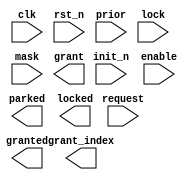
////////////////////////////////////////////////////////////////////////////////
//
//       This confidential and proprietary software may be used only
//     as authorized by a licensing agreement from Synopsys Inc.
//     In the event of publication, the following notice is applicable:
//
//                    (C) COPYRIGHT 2000 - 2018 SYNOPSYS INC.
//                           ALL RIGHTS RESERVED
//
//       The entire notice above must be reproduced on all authorized
//     copies.
//
//
// VERSION:   Verilog Simulation Architecture
//
// DesignWare_version: 22e32f15
// DesignWare_release: O-2018.06-DWBB_201806.3
//
////////////////////////////////////////////////////////////////////////////////
//
// ABSTRACT:  Arbiter with two-level priority scheme
//            - first level: dynamic priority scheme
//            - second level: Fair-Among-Equal priority scheme
//   
// MODIFIED:
//          06/14/01  RPH    Fixed the X-processing. STAR 119685
//          12/21/01  RPH    Fixed the init priority bug due to order of 
//                           precedence of the operators and prio_low_int
//                           array not being in the sensitivity list.
//
//         03/26/03  RJK      Fixed problem with with int array triggering
//                            a combinational always block (STAR 160408)
//
//         10/13/10  RJK      Corrected "lock while in park state" issue
//
//-----------------------------------------------------------------------------

module DW_arb_2t (clk, rst_n, init_n, enable, request, prior, lock, mask, 
			   parked, granted, locked, grant, grant_index);

  parameter integer n          = 4;
  parameter integer p_width    = 2;
  parameter integer park_mode  = 1;
  parameter integer park_index = 0;
  parameter integer output_mode = 1;
   

  `define DW_index_width ((n >16)?((n >64)?((n >128)?8:7):((n >32)?6:5)):((n >4)?((n >8)?4:3):((n >2)?2:1)))

  input  clk, rst_n, init_n, enable;
  input  [n-1 : 0] request, lock, mask;
  input  [p_width*n-1 : 0] prior;
  output parked, granted, locked;
  output [n-1 : 0] grant;
  output [`DW_index_width-1 : 0] grant_index;

  wire clk, rst_n;
  wire [n-1 : 0] request, lock, mask;
  wire [p_width*n-1 : 0] prio;
  wire  parked, locked;
  wire granted;
  wire [n-1 : 0] grant;
  wire [`DW_index_width-1 : 0] grant_index;

  // synopsys translate_off

  integer prio_low_int[n-1 : 0], prio_low_next[n-1 : 0];  
  integer grant_index_int, grant_index_next;
  reg     parked_next, granted_int, granted_next, locked_next; 
  reg 	  parked_int, locked_int; 

  reg [n-1 : 0] request_masked_v;
  reg parked_v, granted_v, locked_v;
  reg request_x, lock_x, mask_x, prio_x;
  reg [p_width*n-1 : 0] prio_tmp;
  assign prio = prior;
  integer prio_high_v[n-1 : 0],  prio_low_v[n-1 : 0];
  integer grant_index_v;
  integer update_priorities_v, i;
  event prio_low_changed, update_arbitration;


  //---------------------------------------------------------------------------
  // Behavioral model
  //---------------------------------------------------------------------------
   always @(grant_index_int or granted_int or request or lock or mask or 
		    prio or update_arbitration) begin : PROC_arbitrate
		request_x  = ^request;
		lock_x     = ^lock;
		mask_x     = ^mask;
		prio_x = ^prio;
		
		grant_index_v = -1;
		parked_v      = 1'b0;
		granted_v     = 1'b0;
		locked_v      = 1'b0;
		
		for (i = 0; i < n; i = i+1) prio_low_v[i] = prio_low_int[i];
		update_priorities_v = 0;
		prio_tmp = prio;
		for (i = 0; i < n; i = i+1) begin
           prio_high_v[i] = prio_tmp[p_width-1 : 0];
           prio_tmp  = prio_tmp >> p_width;
		end
		request_masked_v = request & ~mask;

		if ((grant_index_int < -1) && (lock !== {n{1'b0}})) begin
			  grant_index_v = -2;
			  locked_v      = 1'bx;
			  granted_v     = 1'bx;
		end
		else if ((grant_index_int >= 0) &&
			((granted_int & lock[grant_index_int]) !== 1'b0)) begin
		   if ((granted_int & lock[grant_index_int]) === 1'b1) begin
			  grant_index_v = grant_index_int;
			  locked_v      = 1'b1;
			  granted_v     = 1'b1;
			  if (granted_int === 1'b0) update_priorities_v = 1;
		   end
		   else begin
			  grant_index_v = -2;
			  locked_v      = 1'bx;
			  granted_v     = 1'bx;
			  parked_v      = 1'b0;
		   end 
		end 
		else if (request_masked_v !== {n{1'b0}}) begin
		   if (request_x === 1'bx || prio_x === 1'bx ) begin
			  grant_index_v = -2;
			  granted_v = 1'bx;
			  parked_v      = 1'bx;
		   end 
		   else begin
			  for (i = 0; i < n; i = i+1) begin
				 if (request_masked_v[i] === 1'b1) begin
					if ((grant_index_v < 0) || 
						((prio_high_v[i] < prio_high_v[grant_index_v]) ||
						 ((prio_high_v[i] == prio_high_v[grant_index_v]) &&
						  (prio_low_int[i] < prio_low_int[grant_index_v])))) begin
					   grant_index_v = i;
					   granted_v = 1'b1;
					end
				 end
			  end
			  update_priorities_v = 1;
		   end 
		end 
		else if (park_mode == 1) begin	   
		   grant_index_v = park_index;
		   parked_v      = 1'b1;
		end
		else begin
           grant_index_v = -1;
		end

		for (i = 0; i < n; i = i+1) begin
           if (i == grant_index_v) begin
			  prio_low_v[i] = (1<<`DW_index_width)-1;
           end
		   else if (request_masked_v[i] == 1'b1) begin
			  if (update_priorities_v == 1)begin
				if (prio_low_v[i] == 0)
				  prio_low_v[i] = (1<<`DW_index_width)-1;
				else
				  prio_low_v[i] = prio_low_int[i] - 1;
			  end
           end
		   else begin
			  prio_low_v[i] = (1<<`DW_index_width)-1;
           end
		end // for

		grant_index_next = grant_index_v;
		parked_next      = parked_v;
		granted_next     = granted_v;
		locked_next      = locked_v;
		for (i = 0; i < n; i = i+1) prio_low_next[i] = prio_low_v[i];
	 end // arbitrate

  always @(posedge clk or negedge rst_n) begin : register_PROC
    if (rst_n === 1'b0) begin
      grant_index_int   <= -1;
      parked_int        <= 1'b0;
      granted_int       <= 1'b0;
      locked_int        <= 1'b0;
      for (i = 0; i < n; i = i+1) prio_low_int[i] <= (1<<`DW_index_width)-1;
      -> prio_low_changed;
    end else if (rst_n === 1'b1 ) begin
      if (init_n === 1'b0) begin
        grant_index_int   <= -1;
        parked_int        <= 1'b0;
        granted_int       <= 1'b0;
        locked_int        <= 1'b0;
        for (i = 0; i < n; i = i+1) 
	  prio_low_int[i] <= (1<<`DW_index_width)-1;
        -> prio_low_changed;
      end else if (init_n === 1'b1) begin
        if(enable) begin
          grant_index_int   <= grant_index_next;
          parked_int        <= parked_next;
          granted_int       <= granted_next;
          locked_int        <= locked_next;
          for (i = 0; i < n; i = i+1) begin
	    if (prio_low_int[i] !== prio_low_next[i]) begin
	      prio_low_int[i] <= prio_low_next[i];
	      -> prio_low_changed;
	    end
          end // for
        end // enabled
      end else begin
        grant_index_int <= -2;
        parked_int          <= 1'bx;
        granted_int     <= 1'bx;
        locked_int          <= 1'bx;
        for (i = 0; i < n; i = i+1) begin
          if (prio_low_int[i] !== -1) begin
            prio_low_int[i] <= -1;
            -> prio_low_changed;
          end
        end // for
      end
    end else begin
      grant_index_int <= -2;
      parked_int          <= 1'bx;
      granted_int     <= 1'bx;
      locked_int          <= 1'bx;
      for (i = 0; i < n; i = i+1) begin
        if (prio_low_int[i] !== -1) begin
          prio_low_int[i] <= -1;
          -> prio_low_changed;
        end
      end // for
    end
  end // register


  always @ (prio_low_changed) begin : trigger_update_PROC
    #1;
    -> update_arbitration;
  end

  assign grant = (grant_index_int == -2)? {n{1'bx}} :
		 (grant_index_next == -1 && output_mode == 0) ? {n{1'b0}} :
		 (output_mode == 0 ) ? 1'b1 << grant_index_next :
                 1'b1 << grant_index_int;
   assign grant_index = (grant_index_int == -2)? {`DW_index_width{1'bx}} :
                       (grant_index_int == -1 && output_mode == 1) ? {`DW_index_width{1'b1}} :
	               (grant_index_next == -1 && output_mode == 0) ? {`DW_index_width{1'b1}} :
                       (output_mode == 0) ? grant_index_next[`DW_index_width-1:0] :
                       grant_index_int[`DW_index_width-1:0];
  assign granted = output_mode == 0 ? granted_next : 
	           granted_int;
   
  assign parked =  output_mode == 0 ? parked_next : 
	           parked_int;
  assign locked = output_mode == 0 ? locked_next : 
	          locked_int;
   
   


  //---------------------------------------------------------------------------
  // Parameter legality check and initializations
  //---------------------------------------------------------------------------
  
 
  initial begin : parameter_check
    integer param_err_flg;

    param_err_flg = 0;
    
    
    if ( (n < 2) || (n > 32) ) begin
      param_err_flg = 1;
      $display(
	"ERROR: %m :\n  Invalid value (%d) for parameter n (legal range: 2 to 32)",
	n );
    end
    
    if ( (p_width < 1) || (p_width > 5) ) begin
      param_err_flg = 1;
      $display(
	"ERROR: %m :\n  Invalid value (%d) for parameter p_width (legal range: 1 to 5)",
	p_width );
    end
    
    if ( (park_mode < 0) || (park_mode > 1) ) begin
      param_err_flg = 1;
      $display(
	"ERROR: %m :\n  Invalid value (%d) for parameter park_mode (legal range: 0 to 1)",
	park_mode );
    end
    
    if ( (park_index < 0) || (park_index > n-1) ) begin
      param_err_flg = 1;
      $display(
	"ERROR: %m :\n  Invalid value (%d) for parameter park_index (legal range: 0 to n-1)",
	park_index );
    end
    
    if ( (output_mode < 0) || (output_mode > 1) ) begin
      param_err_flg = 1;
      $display(
	"ERROR: %m :\n  Invalid value (%d) for parameter output_mode (legal range: 0 to 1)",
	output_mode );
    end
  
    if ( param_err_flg == 1) begin
      $display(
        "%m :\n  Simulation aborted due to invalid parameter value(s)");
      $finish;
    end

  end // parameter_check 


  //---------------------------------------------------------------------------
  // Report unknown clock inputs
  //---------------------------------------------------------------------------
  
  always @ (clk) begin : clk_monitor 
    if ( (clk !== 1'b0) && (clk !== 1'b1) && ($time > 0) )
      $display( "WARNING: %m :\n  at time = %t, detected unknown value, %b, on clk input.",
                $time, clk );
    end // clk_monitor 
    
  // synopsys translate_on

  `undef DW_index_width 
endmodule

//-----------------------------------------------------------------------------